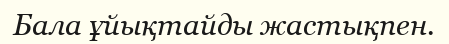
Бала ұйықтайды жастықпен.